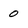
Character: 0